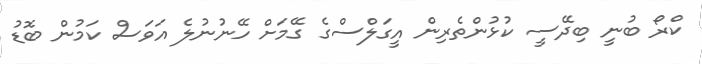
ކްރޯ ބުނީ ބިދޭސީ ކުޅުންތެރިން އީގަލްސްގެ ގޭމަށް ހޭނުނުލެ އަވަސް ކަމުން ބޮޑު